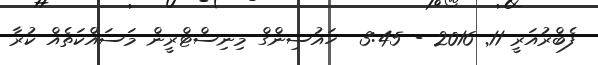
ފެބްރުއަރީ 11